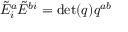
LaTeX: { \tilde { E } } _ { i } ^ { a } { \tilde { E } } ^ { b i } = \operatorname* { d e t } ( q ) q ^ { a b }